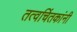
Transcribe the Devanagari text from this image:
तत्वचिंतकांनी